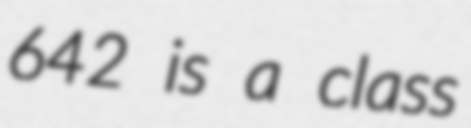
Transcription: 642 is a class